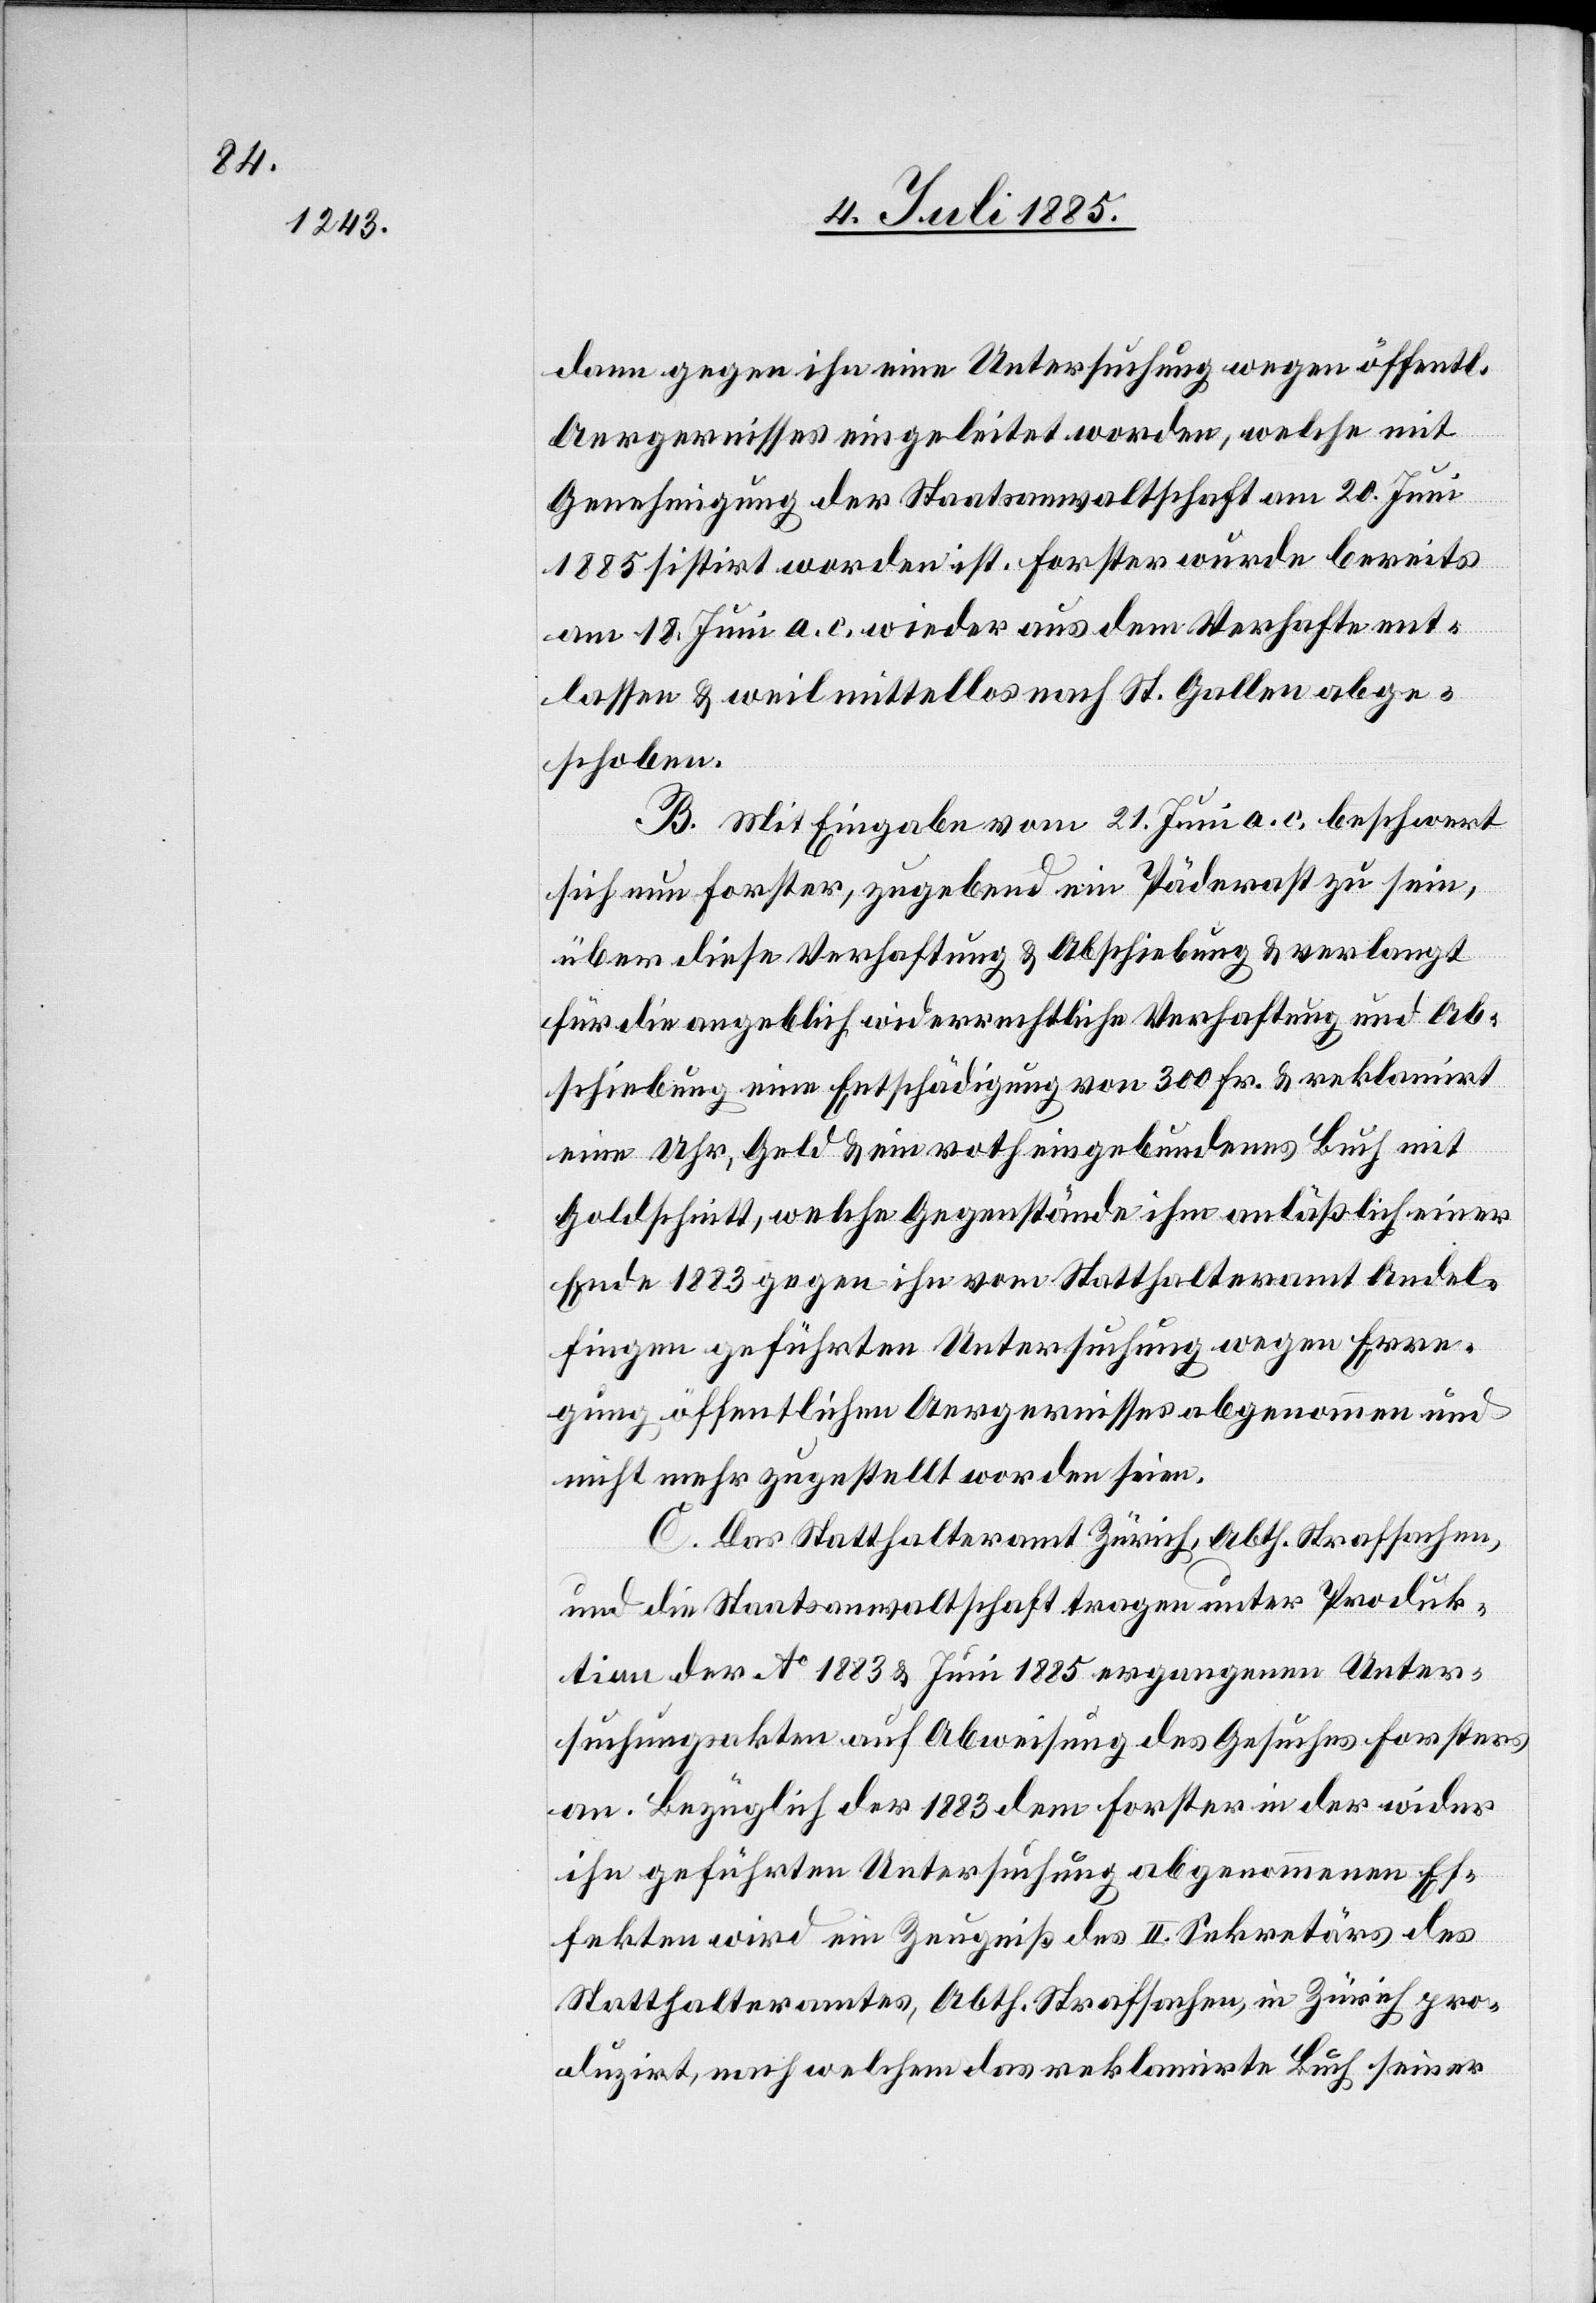
dann gegen ihn eine Untersuchung wegen öffentl.
Aergernisses eingeleitet worden, welche mit
Genehmigung der Staatsanwaltschaft am 20. Juni
1885 sistirt worden ist. Forster wurde bereits
am 18. Juni a. c. wieder aus dem Verhafte ent¬
lassen & weil mittellos nach St. Gallen abge¬
schoben.
B. Mit Eingabe vom 21. Juni a. c. beschwert
sich nun Forster, zugebend ein Päderast zu sein,
über diese Verhaftung & Abschiebung & verlangt
für die angeblich widerrechtliche Verhaftung und Ab¬
schiebung eine Entschädigung von 300 Fr. & reklamirt
eine Uhr, Geld & ein roth gebundenes Buch mit
Goldschnitt, welche Gegenstände ihm anläßlich einer
Ende 1883 gegen ihn vom Statthalteramt Andel¬
fingen geführten Untersuchung wegen Erre¬
gung öffentlichen Aergernisses abgenommen und
nicht mehr zugestellt worden seien.
C. Das Statthalteramt Zürich, Abth. Strafsachen,
und die Staatsanwaltschaft tragen unter Produk¬
tion der Ao 1883 & Juni 1885 ergangenen Unter¬
suchungsakten auf Abweisung des Gesuches Forsters
an. Bezüglich der 1883 dem Forster in der wider
ihn geführten Untersuchung abgenommenen Ef¬
fekten wird ein Zeugniß des II. Sekretärs des
Statthalteramtes, Abth. Strafsachen, in Zürich pro¬
duzirt, nach welchem das reklamirte Buch seiner